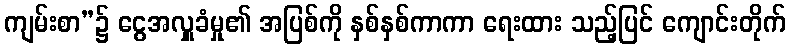
ကျမ်းစာ”၌ ငွေအလှူခံမှု၏ အပြစ်ကို နှစ်နှစ်ကာကာ ရေးထား သည့်ပြင် ကျောင်းတိုက်